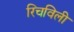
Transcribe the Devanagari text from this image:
रिचविली